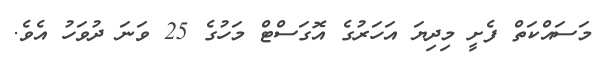
މަަސައްކަތް ފެށީ މިދިޔަ އަހަރުގެ އޮގަސްޓް މަހުގެ 25 ވަނަ ދުވަހު އެވެ.